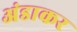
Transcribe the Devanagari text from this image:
अंडाकर